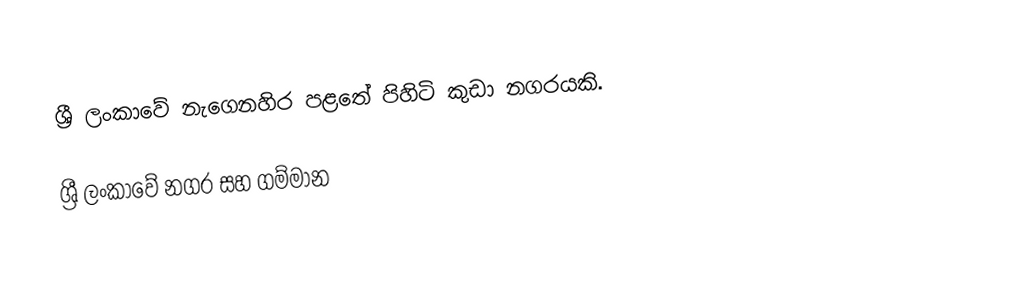
ශ්‍රී ලංකාවේ නැගෙනහිර පළතේ පිහිටි කුඩා නගරයකි.

ශ්‍රී ලංකාවේ නගර සහ ගම්මාන